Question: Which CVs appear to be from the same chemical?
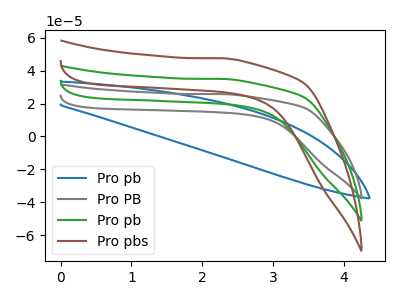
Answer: <think>The blue curve "Pro pb" has no peaks. The gray curve "Pro PB" has no peaks. The green curve "Pro pb" has no peaks. The brown curve "Pro pbs" has no peaks.
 Neither "Pro pb" or "Pro PB" have any peaks. Neither "Pro pb" or "Pro pb" have any peaks. Neither "Pro pb" or "Pro pbs" have any peaks. Neither "Pro PB" or "Pro pb" have any peaks. Neither "Pro PB" or "Pro pbs" have any peaks. Neither "Pro pb" or "Pro pbs" have any peaks.</think>
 <answer>"Pro PB", "Pro pb", "Pro pb" and "Pro pbs" have the same shape and are likely CV's of the same chemical.</answer>
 <eval>"Pro PB" "Pro pb" "Pro pb" "Pro pbs"</eval>